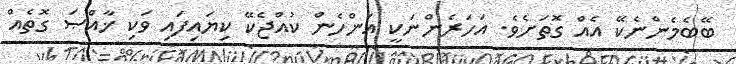
ބޭބެމެންނެކޭ އެއް ގޮތަށެވެ. އަހަރެންނަކީ އަންހެން ކުއްޖެކޭ ކިޔައިފައި ވަކި ޚާއްޞަ ގޮތެއް